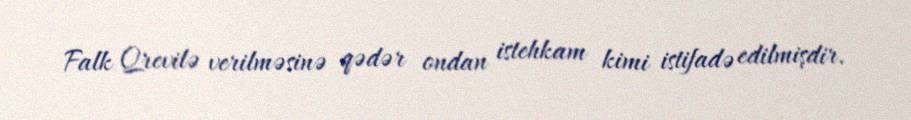
Falk Qrevilə verilməsinə qədər ondan istehkam kimi istifadə edilmişdir.